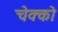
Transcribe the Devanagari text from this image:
चेक्को